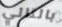
بالتالي